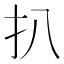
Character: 扒